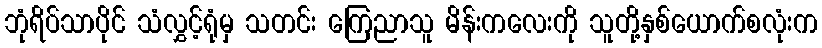
ဘုံရိပ်သာပိုင် သံလွှင့်ရုံမှ သတင်း ကြေညာသူ မိန်းကလေးကို သူတို့နှစ်ယောက်စလုံးက